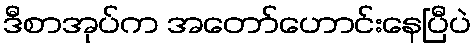
ဒီစာအုပ်က အတော်ဟောင်းနေပြီပဲ